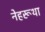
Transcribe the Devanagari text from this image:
नेहरूथा